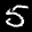
Label: 5